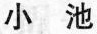
小池